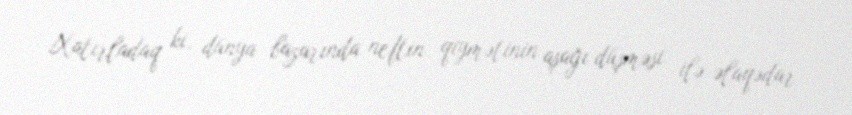
Xatırladaq ki, dünya bazarında neftin qiymətinin aşağı düşməsi ilə əlaqədar